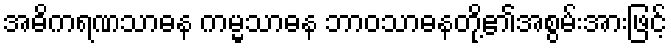
အဓိကရဏသာဓန ကမ္မသာဓန ဘာဝသာဓနတို့၏အစွမ်းအားဖြင့်